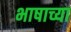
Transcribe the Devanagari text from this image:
भाषाच्या